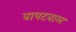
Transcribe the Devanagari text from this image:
बापटबाल